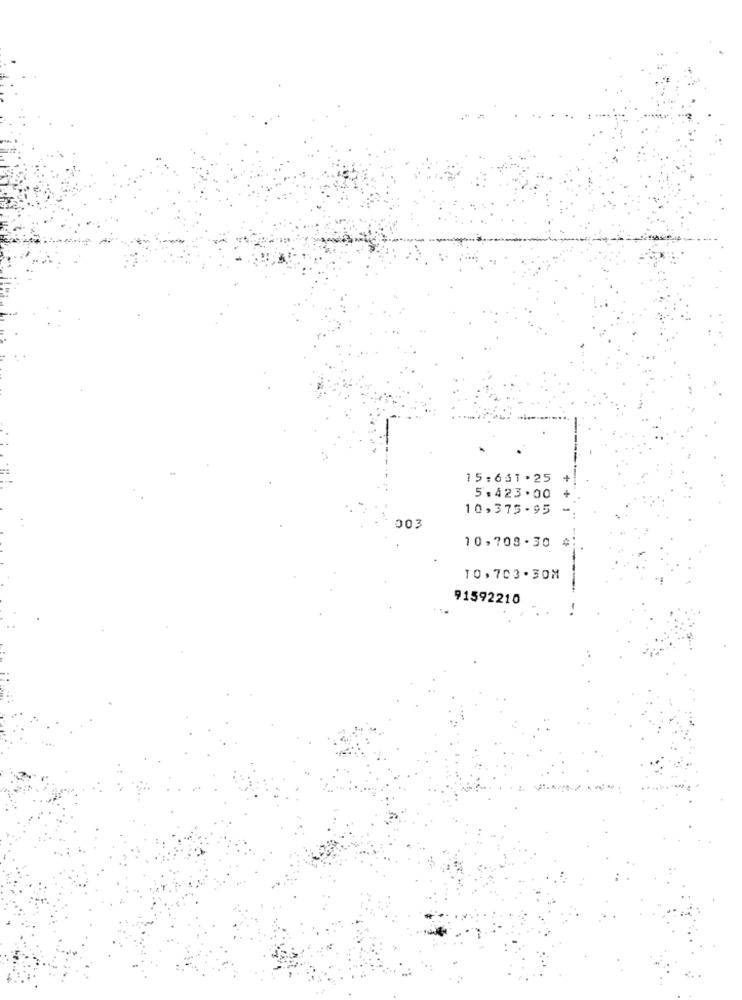
15:631 .25
5.423.00
10,375-95
003
10,708.30
10,703.30M
91592210